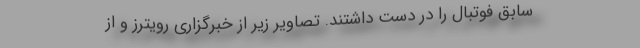
سابق فوتبال را در دست داشتند. تصاویر زیر از خبرگزاری رویترز و از